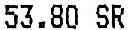
53.80 SR